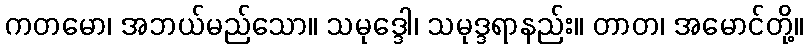
ကတမော၊ အဘယ်မည်သော။ သမုဒ္ဒေါ၊ သမုဒ္ဒရာနည်း။ တာတ၊ အမောင်တို့။